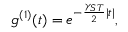
g ^ { ( 1 ) } ( t ) = e ^ { - \frac { \gamma _ { S T } } { 2 } | t | } ,